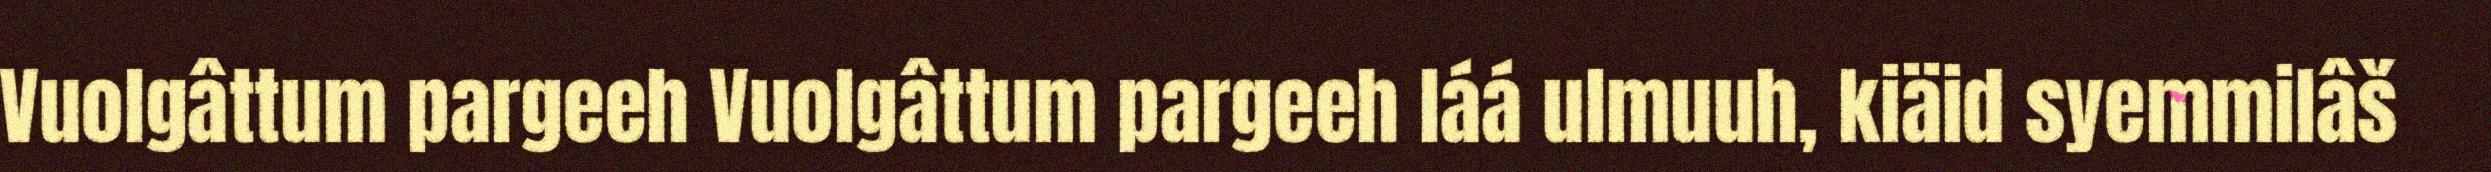
Vuolgâttum pargeeh Vuolgâttum pargeeh láá ulmuuh, kiäid syemmilâš